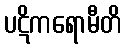
ပဋိကရောမီတိ